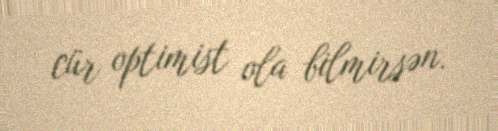
cür optimist ola bilmirsən.